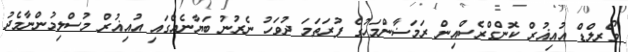
ވޯރލްޑް އުއިޣުރް ކޮންގްރެސްއިން ރަމަޟާންމަހުގެ ފުރަތަމަ ދުވަހު ނެރުނު ބަޔާނެއްގައި އުއިޣުރް މުސްލިމުންނާމެދު